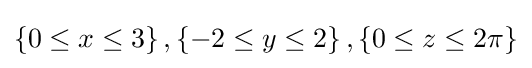
\left\{0\leq x\leq 3\right\},\left\{-2\leq y\leq 2\right\},\left\{0\leq z\leq 2\pi \right\}